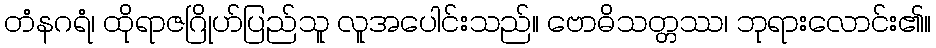
တံနဂရံ၊ ထိုရာဇဂြိုဟ်ပြည်သူ လူအပေါင်းသည်။ ဗောဓိသတ္တဿ၊ ဘုရားလောင်း၏။